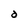
Character: O